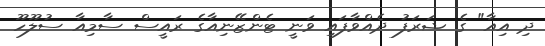
ދި އިއާ" ގެ ޝަރަފު ދެއްވާފައި ވަނީ ޓެންޒޭނިއާގެ ރައީސް ސާމިއާ ސުލޫހޫ